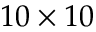
1 0 \times 1 0